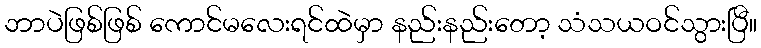
ဘာပဲဖြစ်ဖြစ် ကောင်မလေးရင်ထဲမှာ နည်းနည်းတော့ သံသယဝင်သွားပြီ။